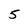
Character: 5